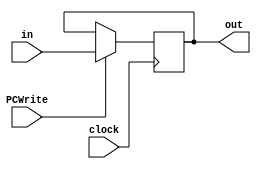
module pc#(parameter W = 32)
(
input clock,
input PCWrite,
input [W-1:0] in,
output reg [W-1:0] out
);

always @(posedge clock)
	begin
	if(PCWrite)
		begin
		out <= in;
		end
	end
endmodule